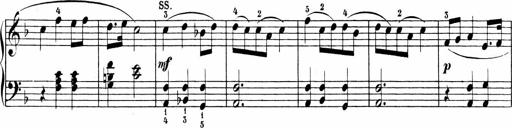
Title: Sonatinen Op.47, 98 und 136, nebst 6 Liedersonatinen
Composer: Carl Reinecke